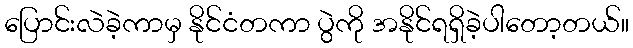
ပြောင်းလဲခဲ့ကာမှ နိုင်ငံတကာ ပွဲကို အနိုင်ရရှိခဲ့ပါတော့တယ်။